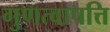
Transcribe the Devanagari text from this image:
गुणत्वापत्ति